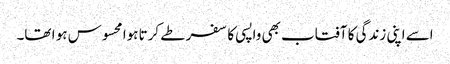
اسے اپنی زندگی کا آفتاب بھی واپسی کا سفر طے کرتا ہوا محسوس ہو ا تھا۔